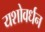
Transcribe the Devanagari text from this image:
यशोवर्धन